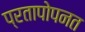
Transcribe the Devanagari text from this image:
प्रतापोपनत